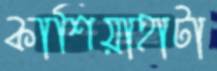
কাশিয়াহাটা